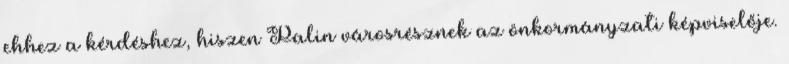
ehhez a kérdéshez, hiszen Palin városrésznek az önkormányzati képviselője.